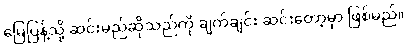
မြေပြန့်သို့ ဆင်းမည်ဆိုသည်ကို ချက်ချင်း ဆင်းတော့မှာ ဖြစ်မည်။